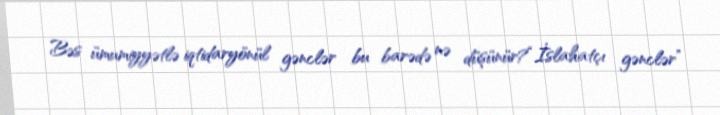
Bəs ümumiyyətlə iqtidaryönül gənclər bu barədə nə düşünür?“İslahatçı gənclər”